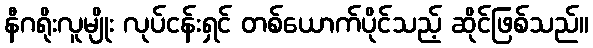
နီဂရိုးလူမျိုး လုပ်ငန်းရှင် တစ်ယောက်ပိုင်သည့် ဆိုင်ဖြစ်သည်။